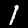
Label: 1